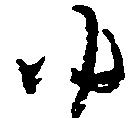
ゆ